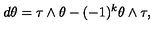
d \theta = \tau \wedge \theta - ( - 1 ) ^ { k } \theta \wedge \tau ,